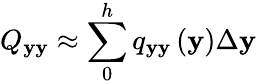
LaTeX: Q_{\mathbf{y}\mathbf{y}}\approx\sum_{0}^{h}q_{\mathbf{y}\mathbf{y}}\left(\mathbf{y}\right)\Delta\mathbf{y}